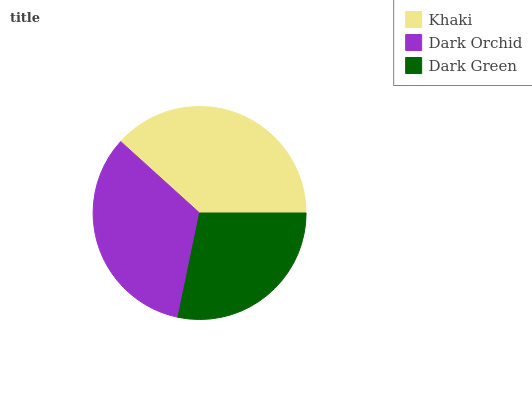
| Khaki | Dark Orchid | Dark Green |
 | --- | --- | --- |
 | 38.4% | 33.4% | 28.2% |